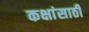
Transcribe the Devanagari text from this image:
कक्षांसाठी